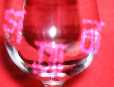
গতান